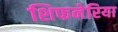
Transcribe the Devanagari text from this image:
शिफनेरिया